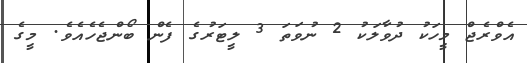
އެވްރެޖް މީހަކު ދުވާލަކު 2 ނުވަތަ 3 ލީޓަރުގެ ފެން ބޯންޖެހެއެވެ. މީގެ